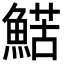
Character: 𩹜